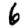
Digit: 6